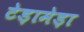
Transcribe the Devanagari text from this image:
टेड़ामेड़ा